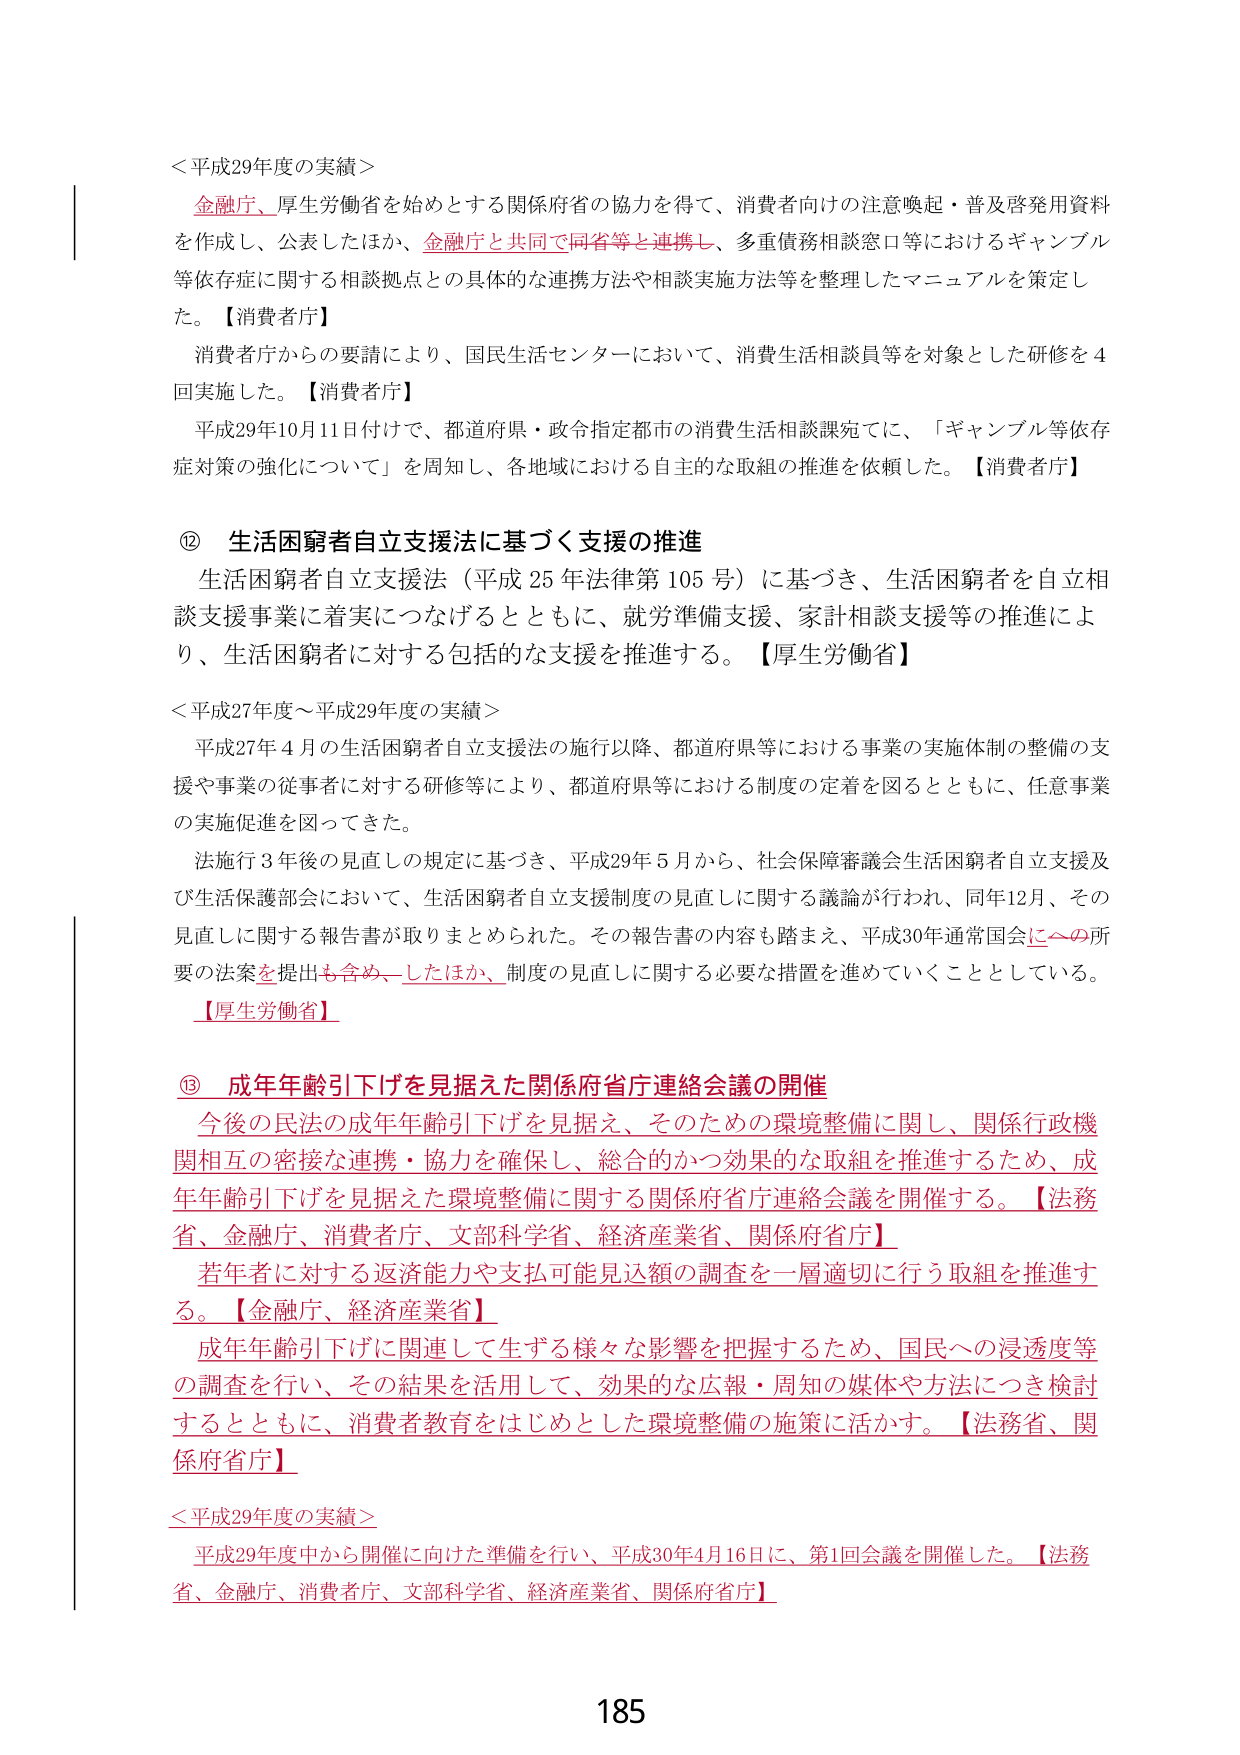
＜平成29年度の実績＞
金融庁、厚生労働省を始めとする関係府省の協力を得て、消費者向けの注意喚起・普及啓発用資料を作成し、公表したほか、金融庁と共同で同省等と連携し、多重債務相談窓口等におけるギャンブル等依存症に関する相談拠点との具体的な連携方法や相談実施方法等を整理したマニュアルを策定した。【消費者庁】
消費者庁からの要請により、国民生活センターにおいて、消費生活相談員等を対象とした研修を4回実施した。【消費者庁】
平成29年10月11日付けで、都道府県・政令指定都市の消費生活相談課宛てに、「ギャンブル等依存症対策の強化について」を周知し、各地域における自主的な取組の推進を依頼した。【消費者庁】

⑫ 生活困窮者自立支援法に基づく支援の推進
生活困窮者自立支援法（平成25年法律第105号）に基づき、生活困窮者を自立相談支援事業に着実につなげるとともに、就労準備支援、家計相談支援等の推進により、生活困窮者に対する包括的な支援を推進する。【厚生労働省】

＜平成27年度～平成29年度の実績＞
平成27年4月の生活困窮者自立支援法の施行以降、都道府県等における事業の実施体制の整備の支援や事業の従事者に対する研修等により、都道府県等における制度の定着を図るとともに、任意事業の実施促進を図ってきた。
法施行3年後の見直しの規定に基づき、平成29年5月から、社会保障審議会生活困窮者自立支援及び生活保護部会において、生活困窮者自立支援制度の見直しに関する議論が行われ、同年12月、その見直しに関する報告書が取りまとめられた。その報告書の内容も踏まえ、平成30年通常国会にその所要の法案を提出も含め、したほか、制度の見直しに関する必要な措置を進めていくこととしている。【厚生労働省】

⑬ 成年年齢引下げを見据えた関係府省庁連絡会議の開催
今後の民法の成年年齢引下げを見据え、そのための環境整備に関し、関係行政機関相互の密接な連携・協力を確保し、総合的かつ効果的な取組を推進するため、成年年齢引下げを見据えた環境整備に関する関係府省庁連絡会議を開催する。【法務省、金融庁、消費者庁、文部科学省、経済産業省、関係府省庁】
若年者に対する返済能力や支払可能見込額の調査を一層適切に行う取組を推進する。【金融庁、経済産業省】
成年年齢引下げに関連して生ずる様々な影響を把握するため、国民への浸透度等の調査を行い、その結果を活用して、効果的な広報・周知の媒体や方法につき検討するとともに、消費者教育をはじめとした環境整備の施策に活かす。【法務省、関係府省庁】

＜平成29年度の実績＞
平成29年度中から開催に向けた準備を行い、平成30年4月16日に、第1回会議を開催した。【法務省、金融庁、消費者庁、文部科学省、経済産業省、関係府省庁】

185